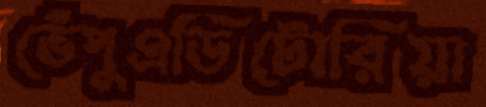
ভেঁপুএডিটোরিয়া